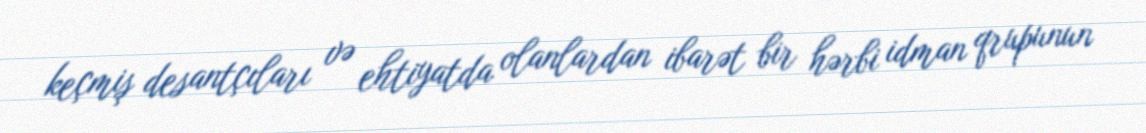
keçmiş desantçıları və ehtiyatda olanlardan ibarət bir hərbi idman qrupunun